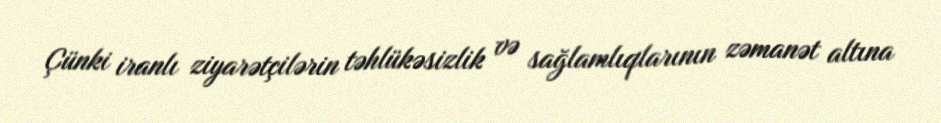
Çünki iranlı ziyarətçilərin təhlükəsizlik və sağlamlıqlarının zəmanət altına